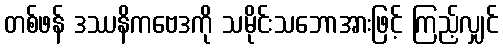
တစ်ဖန် ဒဿနိကဗေဒကို သမိုင်းသဘောအားဖြင့် ကြည့်လျှင်